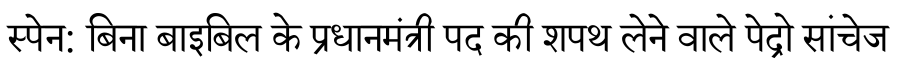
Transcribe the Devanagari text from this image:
स्पेन: बिना बाइबिल के प्रधानमंत्री पद की शपथ लेने वाले पेद्रो सांचेज